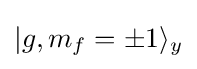
|g,m_{f}=\pm {1}\rangle _{y}